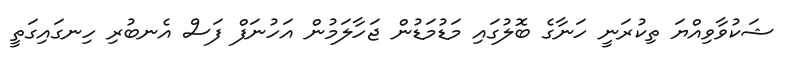
ޝަކުވާވިއްޔަ ތިކުރަނީ ހަނާގެ ބޮލުގައި މަޑުމަޑުން ޖަހާލަމުން އަހުނަފް ފަސް އެނބުރި ހިނގައިގަތީ